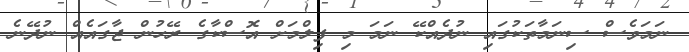
ނަމަވެސް ސިނަމާތަކުގައި ނުދެއްކޭ ނަމަ މި ފިލްމަށް އޮސްކާގެ ރޭހުން ޖާގައެއް ނުދޭނެ